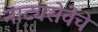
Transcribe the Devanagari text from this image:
नाट्यसेवेचे